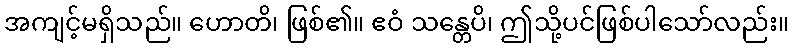
အကျင့်မရှိသည်။ ဟောတိ၊ ဖြစ်၏။ ဧဝံ သန္တေပိ၊ ဤသို့ပင်ဖြစ်ပါသော်လည်း။